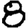
Digit: 8